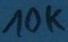
Text: 10K